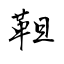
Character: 靼